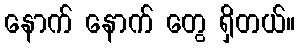
နောက် နောက် တွေ ရှိတယ်။